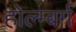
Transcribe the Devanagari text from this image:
होल्म्बर्ग